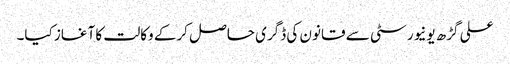
علی گڑھ یونیورسٹی سے قانون کی ڈگری حاصل کرکے وکالت کا آغاز کیا۔